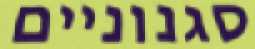
סגנוניים